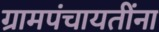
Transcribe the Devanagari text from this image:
ग्रामपंचायतींना